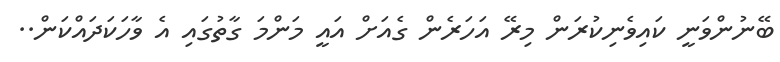
ބޭނުންވަނީ ކައިވެނިކުރަން މިރޭ އަހަރެން ގެއަށް އައީ މަންމަ ގާތުގައި އެ ވާހަކަދައްކަން..